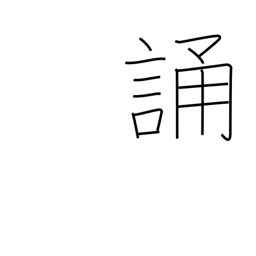
Meaning: recite